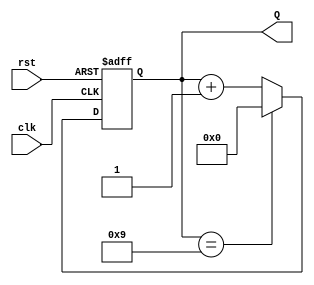
module decade_counter (
    input wire clk,        // Clock input
    input wire rst,        // Asynchronous reset input
    output reg [3:0] Q     // 4-bit output for the current count
);

// Always block triggered on the rising edge of the clock or the reset signal
always @(posedge clk or posedge rst) begin
    if (rst) begin
        Q <= 4'b0000;     // Reset the counter to 0
    end else begin
        if (Q == 4'b1001) begin
            Q <= 4'b0000; // If count is 9, wrap around to 0
        end else begin
            Q <= Q + 1;   // Increment the counter
        end
    end
end

endmodule